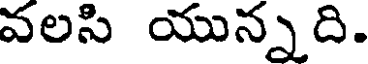
వలసి యున్నది.